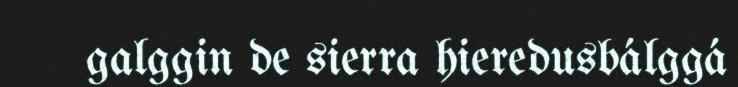
galggin de sierra hieredusbálggá